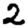
Digit: 2